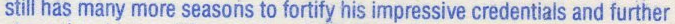
Still has many more seasons to fortify his impressive credentials and further